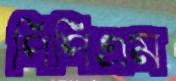
পিপিএম